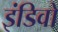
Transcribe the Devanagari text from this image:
इंडिवो